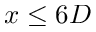
x \leq 6 D